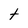
Character: t